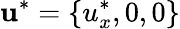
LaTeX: \mathbf{u}^{*}=\{ u_{x}^{*},0,0\}